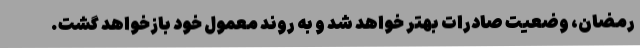
رمضان، وضعیت صادرات بهتر خواهد شد و به روند معمول خود بازخواهد گشت.